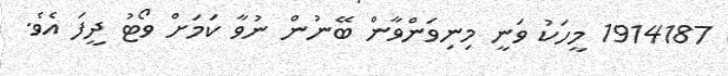
1914187 މީހަކު ވަނީ މިނިވަންވާން ބޭނުން ނުވާ ކަމަށް ވޯޓު ދީފަ އެވެ.